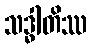
သဒ္ဓါတိဿ